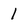
Character: 1